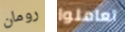
رومان تعاملوا